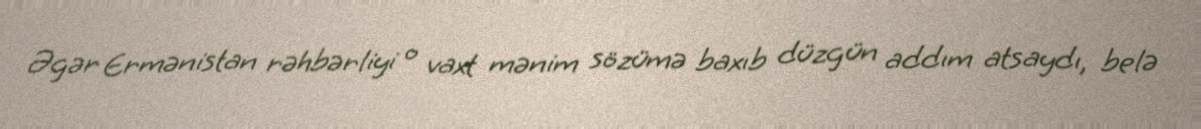
Əgər Ermənistan rəhbərliyi o vaxt mənim sözümə baxıb düzgün addım atsaydı, belə